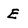
Character: E